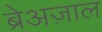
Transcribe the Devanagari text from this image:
ब्रेअज़ाल